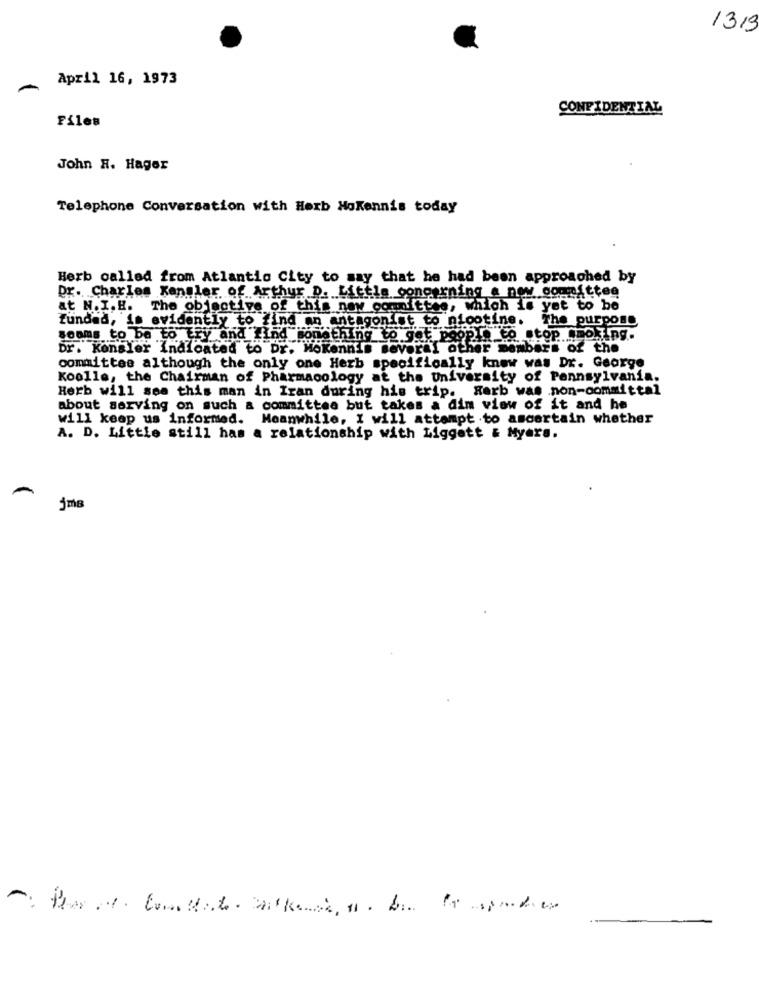
1319
April 16, 1973
CONFIDENTIAL
Files
John H. Hager
Telephone Conversation with Herb HoKennis today
Herb called from Atlantic City to say that he had been approached by
Dr. Charles Kansler of Arthur D. Little concerning a new oogmf
at N. I.H. The objective of this new committee, which is yet to be
funded, in evidently to find an antagonist to nicotine. The purpose
something
sooms to be to try and Find sonst
thing to get people to stop."non
Dr. Kensler Indicated to Dr. Mokennis several other members of the
committee although the only one Herb specifically know was Dr. George
Koolle, the Chairman of Pharmacology at the University of Pennsylvania.
Herb will see this man in Iran during his trip. Rerb was .non-committal
about serving on such a committee but takes a dim view of it and he
will keep us informed.
Meanwhile, I will attempt .to ascertain whether
A. D. Little still has a relationship with Liggett & Myers.
jms